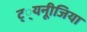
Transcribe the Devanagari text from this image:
ट््यनूीजिया